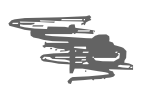
Text: is
Cross-out: scratch
Writing tool: digital_gray